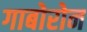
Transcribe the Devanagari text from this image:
गाबोरोन